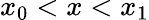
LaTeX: x_{0}<x<x_{1}